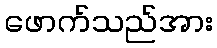
ဖောက်သည်အား